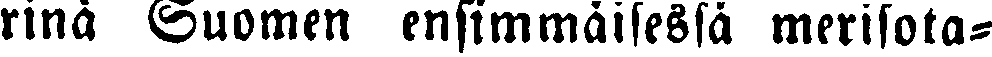
rinä Suomen ensimmäisessä merisota-